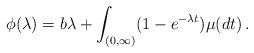
LaTeX: \begin{align*} \phi(\lambda)=b\lambda+\int_{(0,\infty)}(1-e^{-\lambda t})\mu(dt)\,.\end{align*}